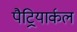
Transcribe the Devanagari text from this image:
पैट्रियार्कल